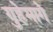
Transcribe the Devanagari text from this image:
गुहेमागे